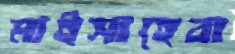
মাইসাহেবা